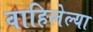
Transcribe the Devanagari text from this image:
वाहिलेल्‍या